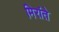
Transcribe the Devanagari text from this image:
मिरांते